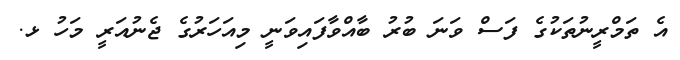
އެ ތަމްރީނުތަކުގެ ފަސް ވަނަ ބުރު ބާއްވާފައިވަނީ މިއަހަރުގެ ޖެނުއަރީ މަހު ޅ.